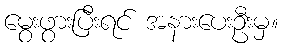
မွေးဖွားပြီးရင် အနားပေးဦးမှ။